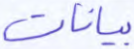
بيانات